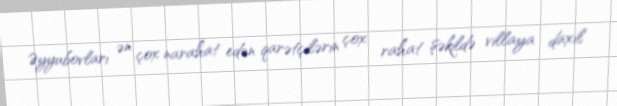
Əyyubovları ən çox narahat edən qarətçilərin çox rahat şəkildə villaya daxil